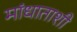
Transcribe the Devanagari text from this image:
मांधाताशी